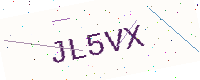
Text: JL5VX